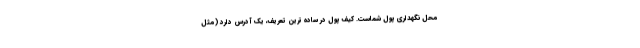
محل نگهداری پول شماست. کیف پول در ساده ترین تعریف، یک آدرس دارد (مثل